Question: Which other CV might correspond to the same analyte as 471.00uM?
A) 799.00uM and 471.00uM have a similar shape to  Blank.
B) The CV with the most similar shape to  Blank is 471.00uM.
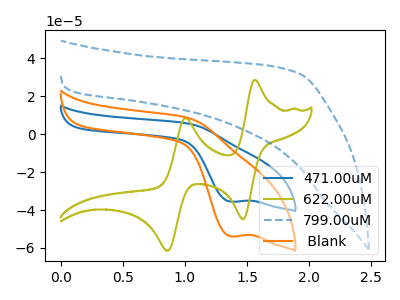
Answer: <think>The blue curve "471.00uM" has a cathodic peak at: (1.35V, -35.55uA). The olive curve "622.00uM" has anodic peaks at (1.55V, 28.65uA) (1.00V, 8.65uA) and cathodic peaks at (1.45V, -44.80uA) (0.85V, -61.50uA). The blue dashed curve "799.00uM" has no peaks. The orange curve " Blank" has a cathodic peak at: (1.35V, -53.90uA).
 "471.00uM" and "622.00uM" have a different number of peaks. "471.00uM" and "799.00uM" have a different number of peaks. All the peaks in "471.00uM" have a peak in " Blank" at the same potential. Every peak in "471.00uM" is lower than every peak in " Blank". "622.00uM" and "799.00uM" have a different number of peaks. "622.00uM" and " Blank" have a different number of peaks. "799.00uM" and " Blank" have a different number of peaks.</think>
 <answer>B) The CV with the most similar shape to " Blank" is "471.00uM".</answer>
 <eval>B</eval>